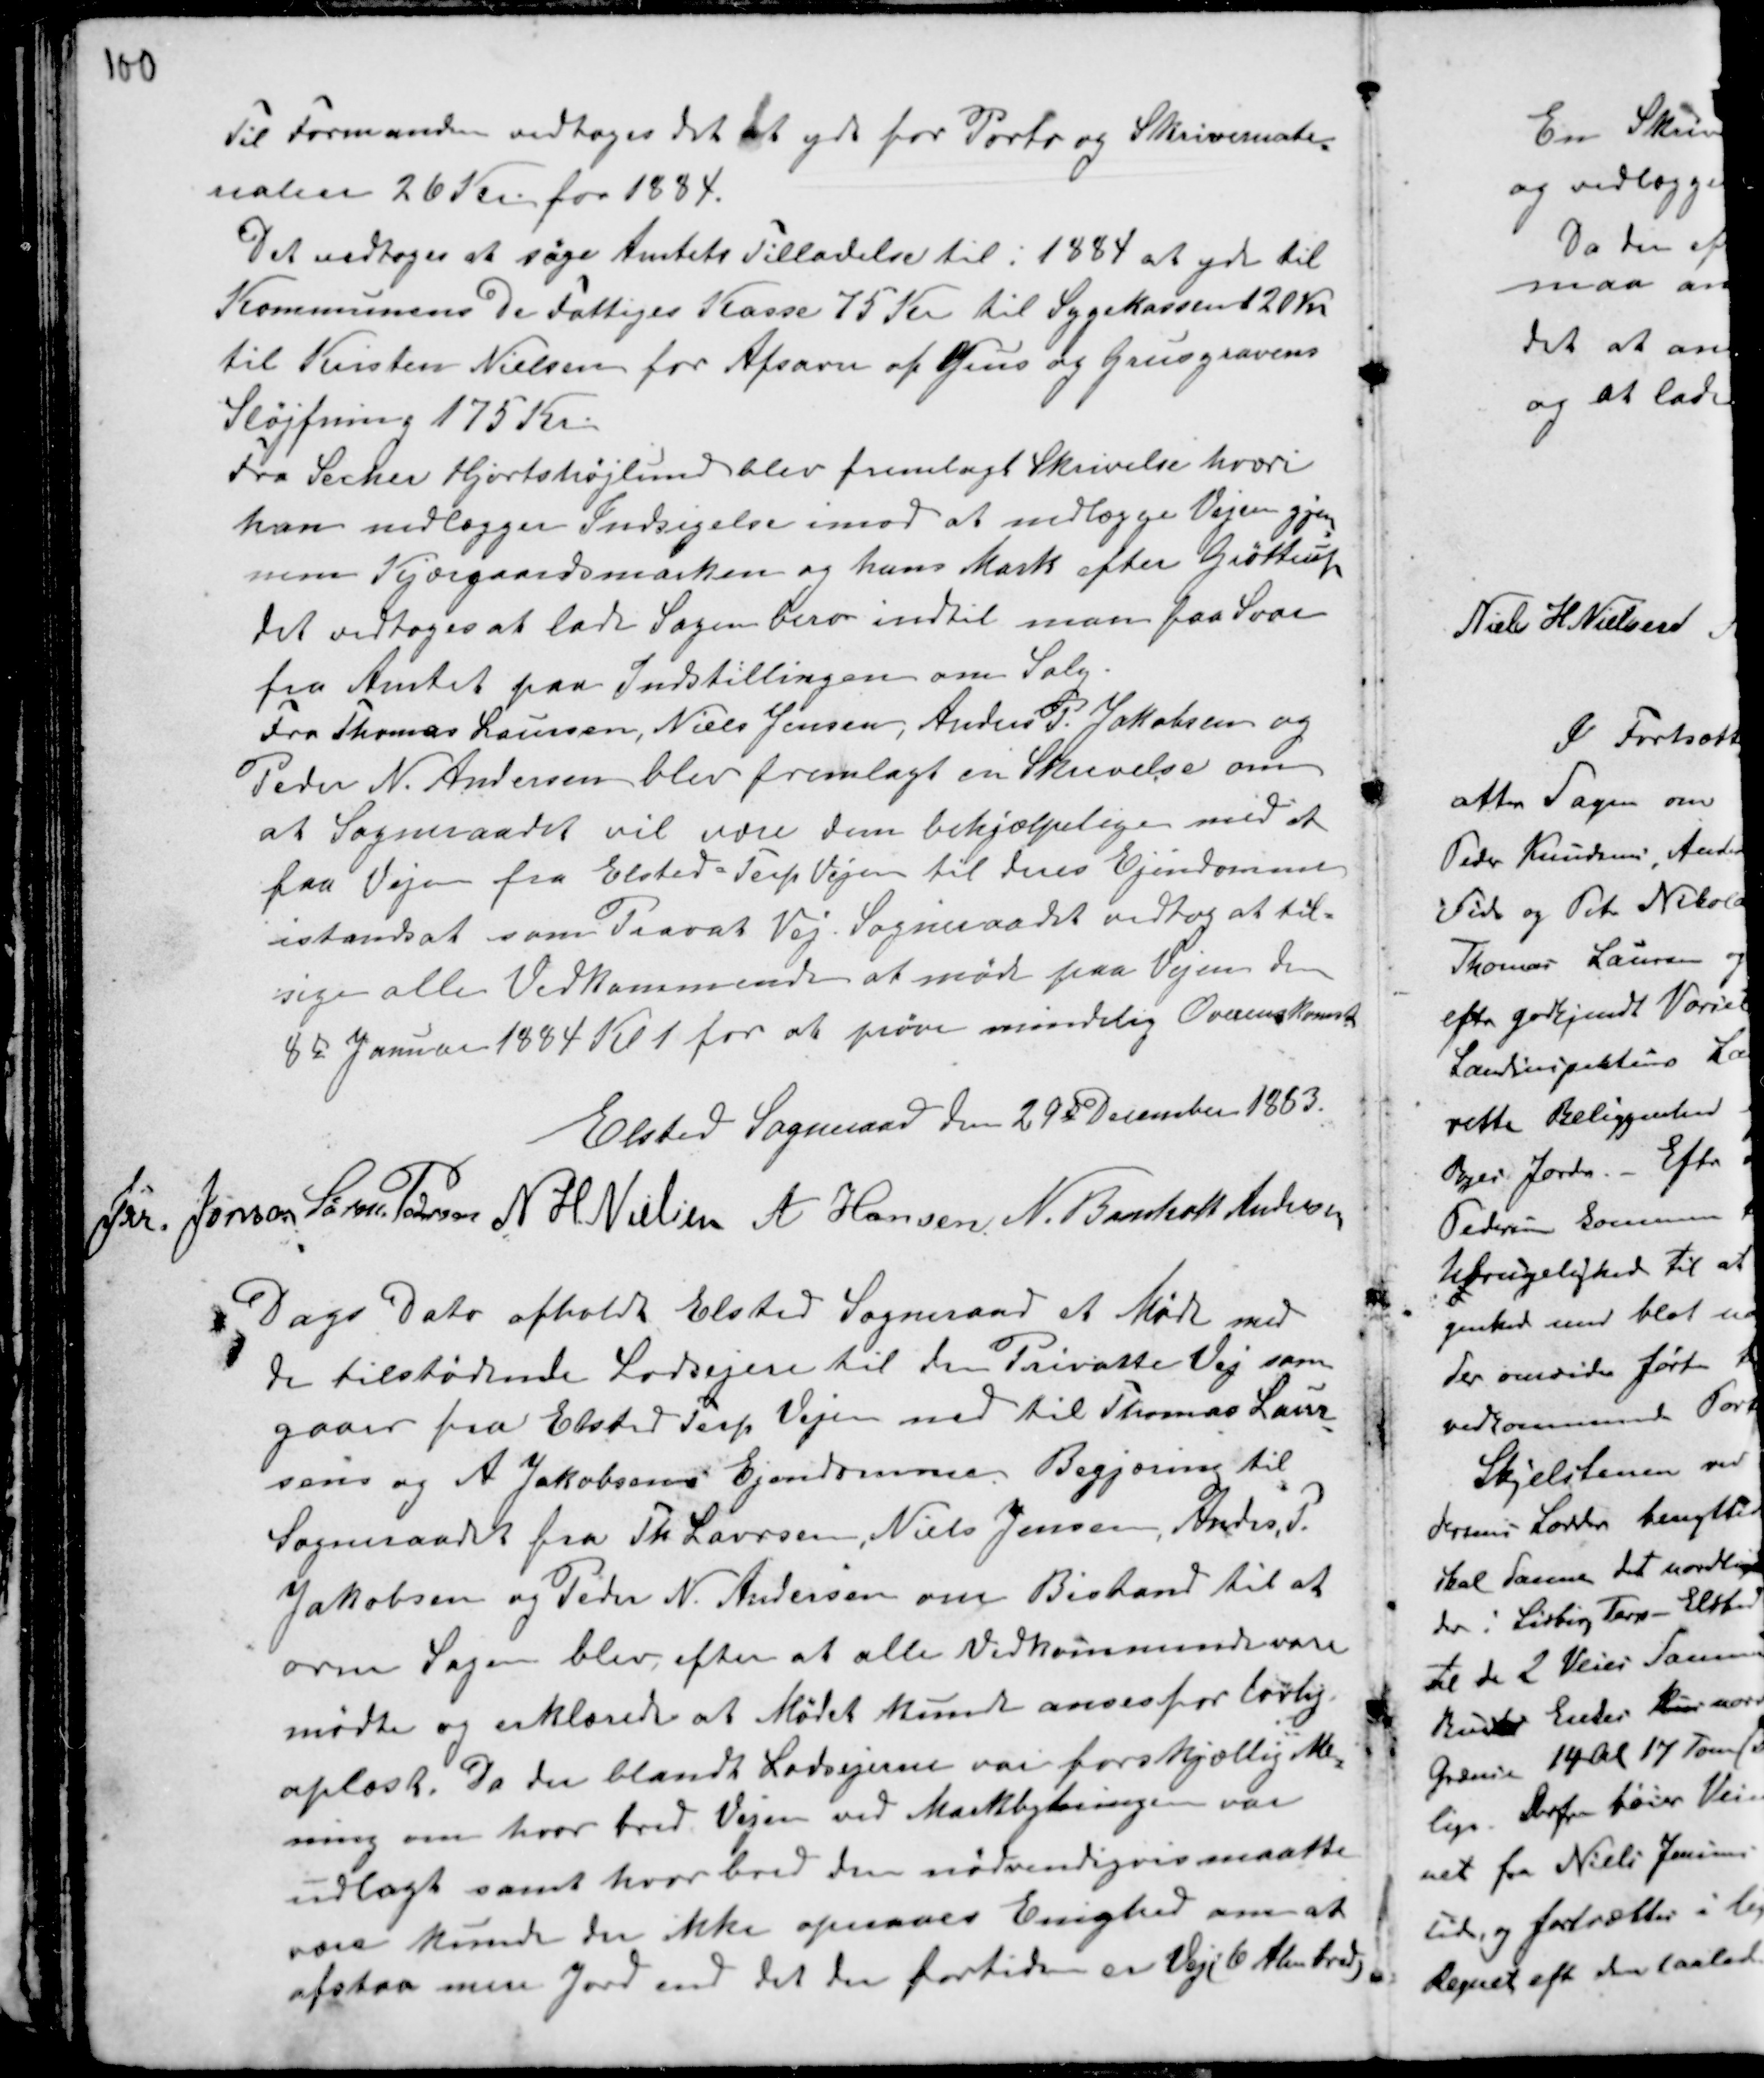
Transskription:
Til Formanden valgtes det at yde for Porto og Skrivemate-
rialer 26 Kr for 1884.
Det vedtoges at søge Amtets Tilladelse til i 1884 at yde til
Kommunens De Fattiges Kasse 75 Kr til Sygekassen 120 Kr
til Kristen Nielsen for Afsavn af Grus og Grusgravens
Sløjfning 175 Kr.
Fra Secher Hjortshøjlund blev fremlagt Skrivelse hvori
han vedlægger Indsigelse imod at nedlægge Vejen gjen-
nem Kjærgaardsmarken og hans Mark efter Grøttrup
det vedtoges at lade Sagen bero indtil man faa svar
fra Amtet paa Indstillingen om Salg.
Fra Thomas Laursen, Niels Jensen, Anders P. Jakobsen og
Peder N. Andersen blev fremlagt en Skrivelse om
at Sogneraadet vil være dem behjælpelige med at
faa Vejen fra Elsted - Terp Vejen til deres Ejendomme
istandsat som Privat Vej. Sogneraadet vedtog at til-
sige alle Vedkommende at møde paa Vejen den
8de Januar 1884 Kl 1 for at prøve mindelig Overenskomst

Elsted Sogneraad den 29de December 1883.
Jrr Jensen Søren Pedersen N H. Nielsen A Hansen. N. Bomholt Andersen

Dags Dato afholdt Elsted Sogneraad et Møde med
de tilstødende Lodsejere til den Private Vej som
gaar fra Elsted Terp Vejen ned til Thomas Laur-
sens og A Jakobsens Ejendomme. Begjæring til
Sogneraadet fra Th Laursen, Niels Jensen, Andes P.
Jakobsen og Peder N. Andersen om Bistand til at
orne Sagen blev efter at alle Vedkommende vare
mødte og erklærede at Mødet kunde anses for lovlig
oplæst. Da der blandt Lodsejerne var forskjællig Me-
ning om hvor bred Vejen ved Markbytningen var
udlagt samt hvor bred den nødvendigvis maatte
være kunde der ikke opnaaes Enighed om at
afstaa mere Jord end det der fortiden er Vej (6 Alen Bred)